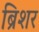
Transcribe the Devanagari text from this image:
ब्रिशर